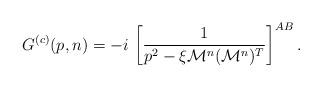
LaTeX: \begin{align*}G^{(c)}(p,n)=-i\,\left[\frac{1}{p^2-\xi\mathcal{M}^n(\mathcal{M}^n)^T }\right]^{AB}.\end{align*}